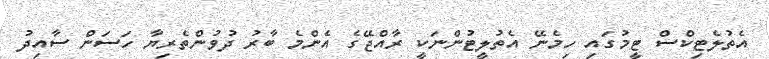
އެތުލެޓިކްސް ޓީމުގައި ހިމެނޭ އެތުލީޓުންނަކީ ރާއްޖޭގެ އެންމެ ބާރު ދުވުންތެރިޔާ ހަސަން ސާއިދު